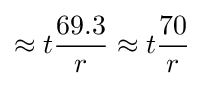
\approx t{\frac {69.3}{r}}\approx t{\frac {70}{r}}